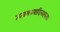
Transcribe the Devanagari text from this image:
तत्वमस्यादिलक्ष्यत्व।